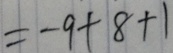
= - 9 + 8 + 1